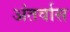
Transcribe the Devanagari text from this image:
अंतर्वास